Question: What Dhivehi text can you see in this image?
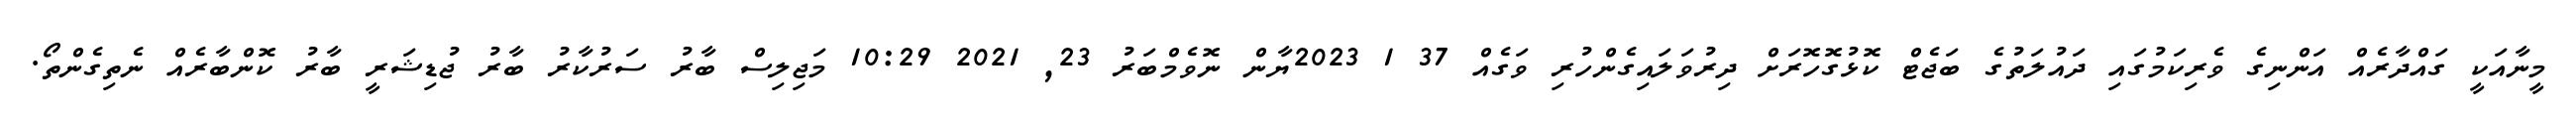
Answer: މީނާއަކީ ގައްދާރެއް އަންނިގެ ވެރިކަމުގައި ދައުލަތުގެ ބަޖެޓް ކޮޅުގޮހޮރަށް ދިރުވަލައިގެންހުރި ވަގެއް 37 1 2023ޔާން ނޮވެމްބަރު 23, 2021 10:29 މަޖިލިސް ބާރު ސަރުކާރު ބާރު ޖުޑިޝަރީ ބާރު ކޮންބާރެއް ނެތިގެންތޯ.